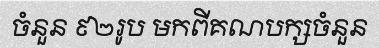
ចំនួន ៩២រូប មកពីគណបក្សចំនួន